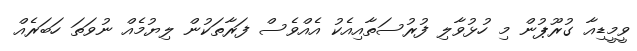
ވީމީޑިއާ ގުރޫޕުން މި ހުޅުވާލި ފުރުސަތާއިއެކު އެއްވެސް ފަރާތަކުން ލިޔުމެއް ނުވަތަ ހަބަރެއް